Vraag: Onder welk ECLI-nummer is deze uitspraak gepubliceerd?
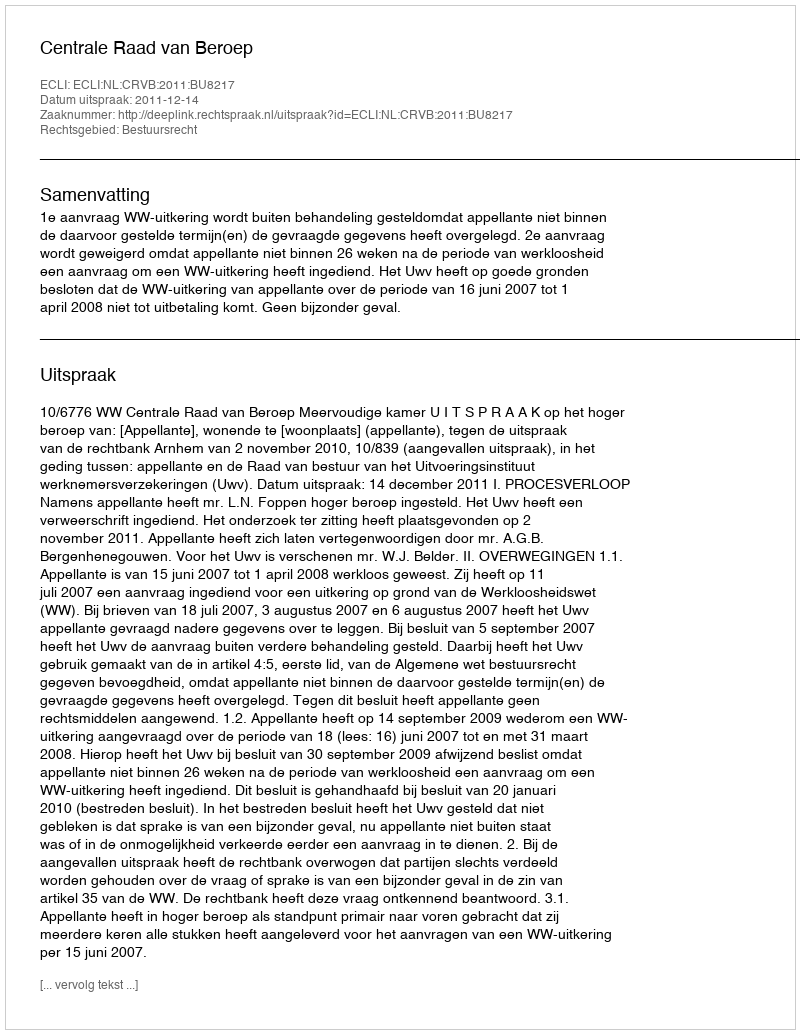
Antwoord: ECLI:NL:CRVB:2011:BU8217